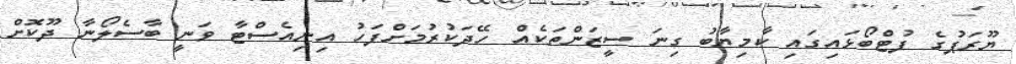
ޔޫރަޕުގެ ފުޓްބޯޅައިގައި ކާމިޔާބު ގިނަ ސީޒަންތަކެއް ހޭދަކުރުމަށްފަހު އިނިއެސްޓާ ވަނީ ބާސެލޯނާ ދޫކޮށް